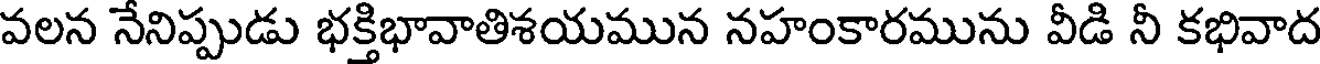
వలన నేనిప్పుడు భక్తిభావాతిశయమున నహంకారమును వీడి నీ కభివాద